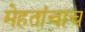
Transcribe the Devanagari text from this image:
मेहतांचाच